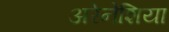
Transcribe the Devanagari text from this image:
अरेनेशिया